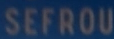
SEFROU